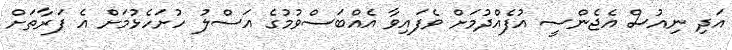
އަދި ނިއުސް އެޖެންސީ އުފެއްދުމަށް ވެފައިވާ އެއްބަސްވުމުގެ އަސްލު ހުށަހެޅުމަށް އެ ފަރާތަށް